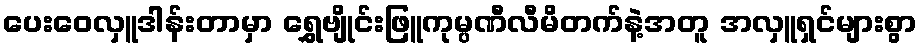
ပေးဝေလှူဒါန်းတာမှာ ရွှေဗျိုင်းဖြူကုမ္ပဏီလီမိတက်နဲ့အတူ အလှူရှင်များစွာ